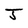
Character: J